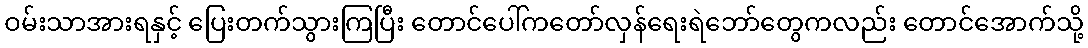
ဝမ်းသာအားရနှင့် ပြေးတက်သွားကြပြီး တောင်ပေါ်ကတော်လှန်ရေးရဲဘော်တွေကလည်း တောင်အောက်သို့